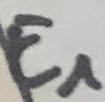
Text: E1